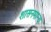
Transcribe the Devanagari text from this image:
शासनमान्‍य